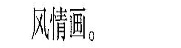
风情画。